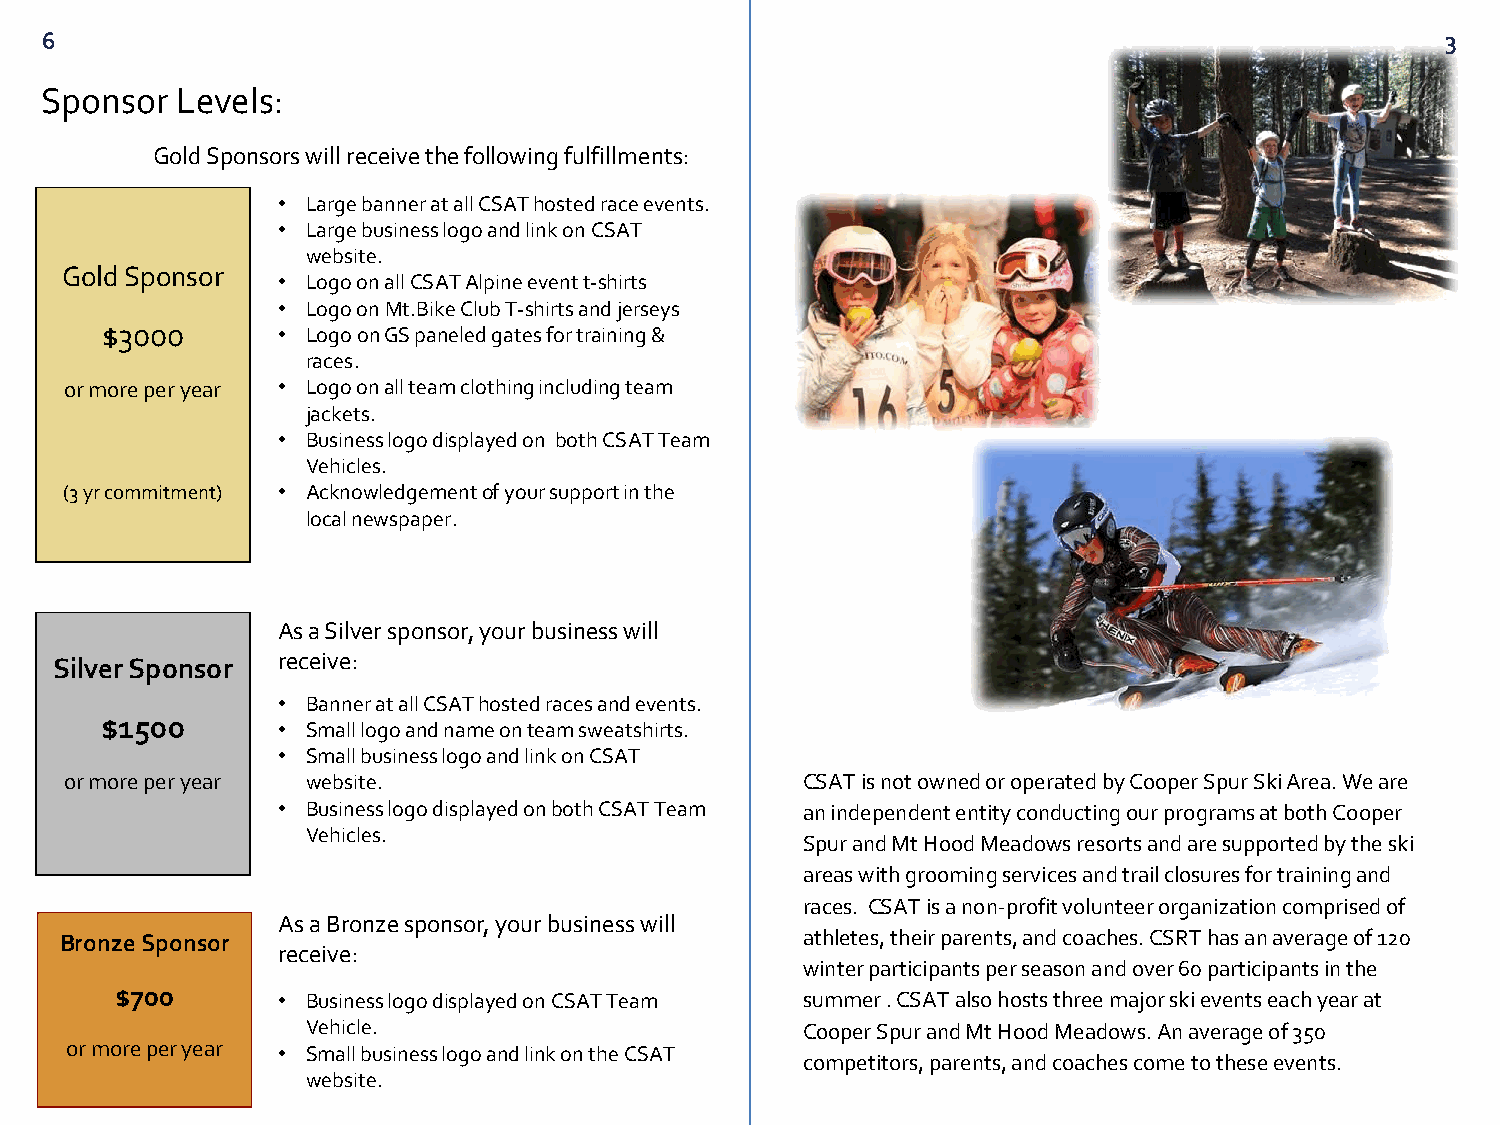
6                                                                                            3
 Sponsor  Levels:
 Gold Sponsors will receive the following fulfillments:
 • Large banner at all CSAT hosted race events.
 • Large business logo and link on CSAT
 website.
 Gold Sponsor
 • Logo on all CSAT Alpine event t-shirts
 • Logo on Mt.BikeClub T-shirts and jerseys
 $3000      • Logo on GS paneled gates for training &
 races.
 or more per year • Logo on all team clothing including team
 jackets.
 • Business logo displayed on both CSAT Team
 Vehicles.
 (3 yrcommitment) • Acknowledgement of your support in the
 local newspaper.
 As a Silver sponsor, your business will
 receive:
 Silver Sponsor
 • Banner at all CSAT hosted races and events.
 $1500      • Small logo and name on team sweatshirts.
 • Small business logo and link on CSAT
 or more per year website.                        CSAT is not owned or operated by Cooper Spur Ski Area. We are
 • Business logo displayed on both CSAT Team an independent entity conducting our programs at both Cooper
 Vehicles.
 Spur and Mt Hood Meadows resorts and are supported by the ski
 areas with grooming services and trail closures for training and
 races. CSAT is a non-profit volunteer organization comprised of
 As a Bronze sponsor, your business will
 Bronze Sponsor                                   athletes, their parents, and coaches. CSRT has an average of 120
 receive:
 winter participants per season and over 60 participants in the
 $700      • Business logo displayed on CSAT Team summer . CSAT also hosts three major ski events each year at
 Vehicle.                         Cooper Spur and Mt Hood Meadows. An average of 350
 or more per year • Small business logo and link on the CSAT
 competitors, parents, and coaches come to these events.
 website.